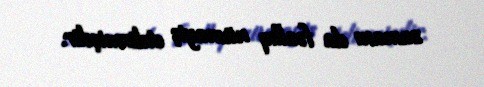
zamanı da fəallıq nümayiş etdirmişdir.